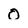
Character: 0